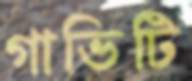
গাভিটি